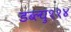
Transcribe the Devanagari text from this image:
डब्ल्यु११४